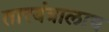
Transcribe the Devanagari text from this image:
तारयंत्रालाच